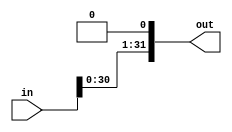
//
module shift1(
    input [31:0] in,
    output [31:0] out
);
assign out = in << 1;
endmodule